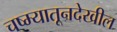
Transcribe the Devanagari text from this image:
चष्म्यातूनदेखील